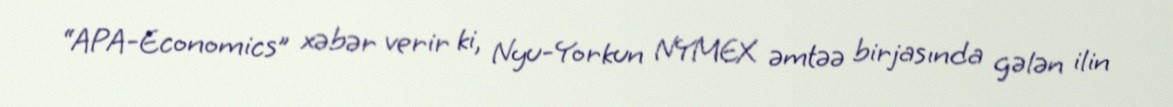
“APA-Economics” xəbər verir ki, Nyu-Yorkun NYMEX əmtəə birjasında gələn ilin